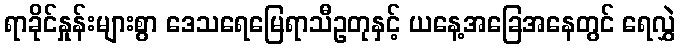
ရာခိုင်နှုန်းများစွာ ဒေသရေမြေရာသီဥတုနှင့် ယနေ့အခြေအနေတွင် ရေလွှဲ